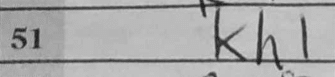
Transcription: Kh1